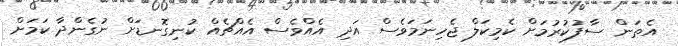
އެތަން ސާފުކުރުމަށް ކެމިކަލް ޖެހިނަމަވެސް އަދި އެއްވެސް އެއްޗެއް ކުނިގޮނޑަށް ނުގެންދާ ކަމަށް